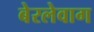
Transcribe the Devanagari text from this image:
बेरलेवाग